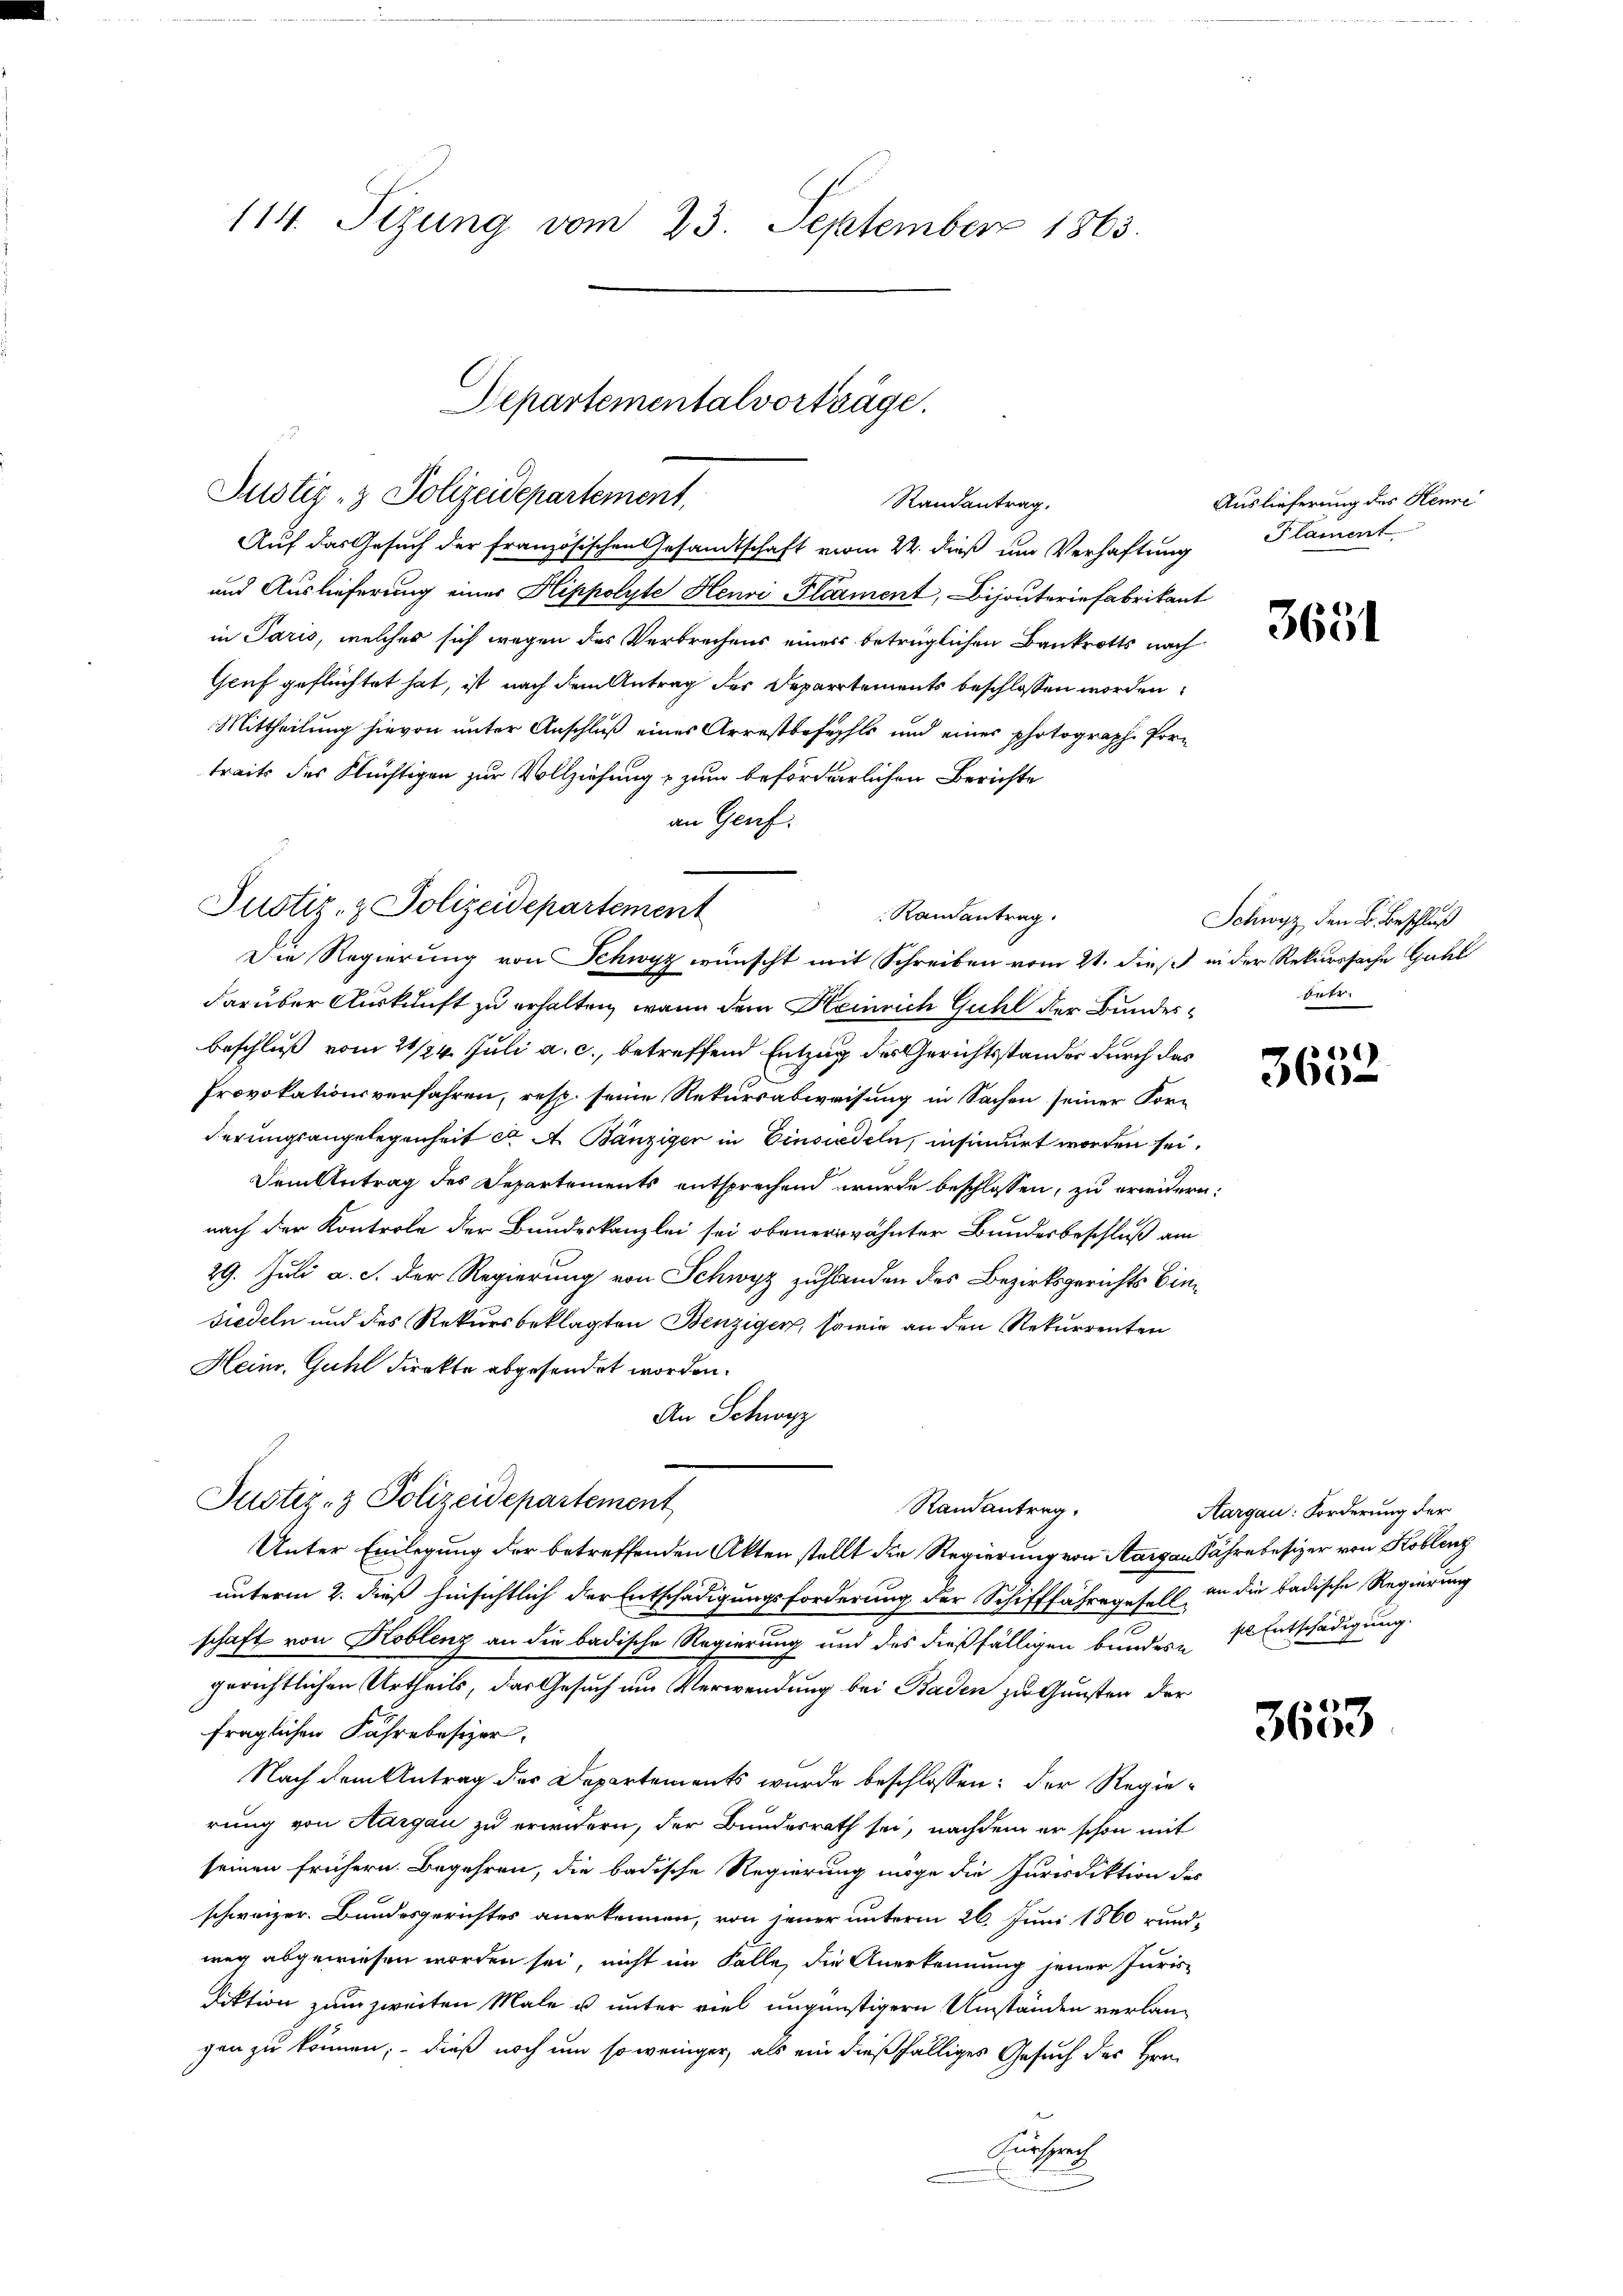
114. Sizung vom 23. September 1863.

Auf das Gesuch der französischen Gesandtschaft vom 24. dieß um Verhaftung
und Auslieferung einer Hippolyte Henri Plcament, Bijouterie Fabrikant
in Paris, welches sich wegen des Verbrechens eines betrüglichen Bankrotts nach
Gruf geflüchtet hat, ist nach dem Antrag der Departements beschlossen worden.
Mittheilung hievon unter Anschluß eines Arrestbefehls und einer photograph Portraits des Flüchtigen zur Vollziehung & zum beförderlichen Berichte
an Genf.

Justiz- & Polizeidepartement
Ramantrag
Die Regierung von Schwyz wünscht mit Schreiben vom 21. dieß in der Rekurssache Guhl

Justiz- & Polizeidepartement

Departementalvorträge.
Justiz- & Polizeidepartement,
Randantrag,

Randantrag.

darüber Auskunft zu erhalten, wenn den Heinrich Guhl der Bundesbeschluß vom 21/24. Juli a. c., betreffend Entzug des Gerichtsstander durch das
Provokationsverfahren, resp. seine Rekursabweisung in Sachen seiner Forderungsangelegenheit et A. Bänziger in Einsiedeln, insinuirt worden sei.
Dem Antrag des Departements entsprechend wurde beschlossen, zu erwidern.
nach der Kontrole der Bundeskanzlei sei obenerwähnter Bundesbeschluß am
29. Juli a. c. der Regierung von Schwyz zustanden des Bezirksgerichts Bin¬
Fiedeln und des Rekursbeklagten Benzigen, sowie an den Rekurrenten
Heim, Guhl direkte abgesendet worden.
An Schwyz
Unter Einlegung der betreffenden Akten stellt die Regierung von Aargau Jahre besizer von Koblenz
unterm 2. dieß hinsichtlich der Entschädigungsforderung der Schifffahre gefall an die badische Regierung
schaft von Koblenz an die badische Regierung und des dießfälligen bundern s. Entschädigung.
gerichtlichen Urtheils, das Gesuch um Verwendung bei Baden zu Gunsten der
fraglichen Fahre besizer.
Nach dem Antrag des Departements wurde beschlossen: der Regie-
rung von Aargau zu erwidern, der Bundesrath sei, nachdem er schon mit
seinen frühern. Begehren, die badische Regierung möge die Jurisdiktion des
schweizer. Bundesgerichtes anerkennen, von jener unterm 26. Juni 1860 rund-
weg abgewiesen worden sei, nicht im Falle, die Anerkennung jener Juris-
diktion zum zweiten Male u unter viel ungünstigern Umständen verlangen zu können; – dieß noch um so weniger, als ein dießfälliges Gesuch des Hrn.
Fürsprech

Auslieferung des Henne
Plament.

3651

Schwyz den B. Beschluß
betr.

16
360

Aargau: Forderung der

3653